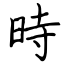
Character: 時